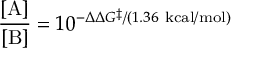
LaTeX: { \frac { [ \mathrm { A } ] } { [ \mathrm { B } ] } } = 1 0 ^ { - \Delta \Delta G ^ { \ddagger } / ( 1 . 3 6 \ \mathrm { k c a l / m o l } ) }